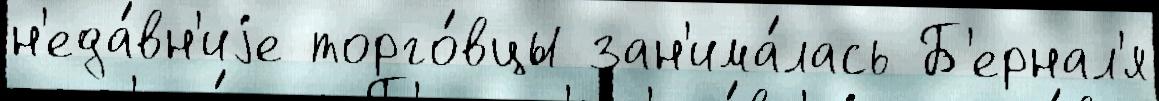
н'еда́вн'иjе торго́вцы зан'има́лась Б'ернал'я